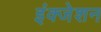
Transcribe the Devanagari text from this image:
इंक्जेशन